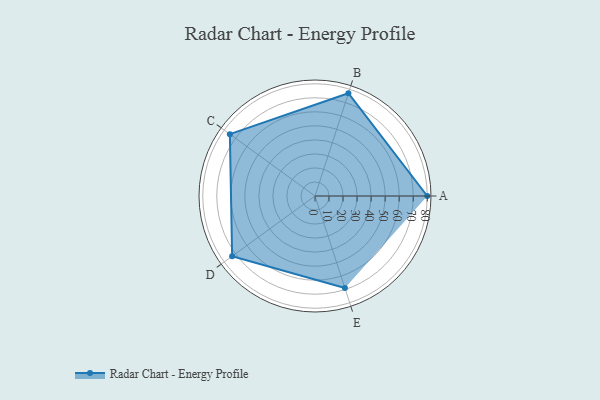
{"axis": {"x": "Skill", "y": "Score"}, "legend": ["Profile"], "data": [{"x": "A", "y": 80.0, "type": "Profile"}, {"x": "B", "y": 77.0, "type": "Profile"}, {"x": "C", "y": 75.0, "type": "Profile"}, {"x": "D", "y": 73.0, "type": "Profile"}, {"x": "E", "y": 69.0, "type": "Profile"}]}